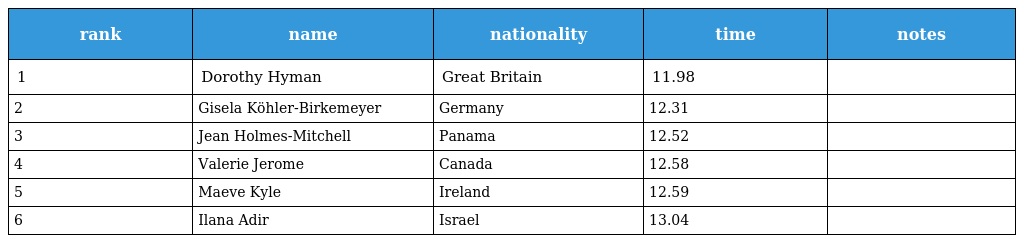
| rank | name | nationality | time | notes |
 | --- | --- | --- | --- | --- |
 | 1 | Dorothy Hyman | Great Britain | 11.98 |  |
 | 2 | Gisela Köhler-Birkemeyer | Germany | 12.31 |  |
 | 3 | Jean Holmes-Mitchell | Panama | 12.52 |  |
 | 4 | Valerie Jerome | Canada | 12.58 |  |
 | 5 | Maeve Kyle | Ireland | 12.59 |  |
 | 6 | Ilana Adir | Israel | 13.04 |  |